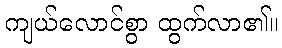
ကျယ်လောင်စွာ ထွက်လာ၏။